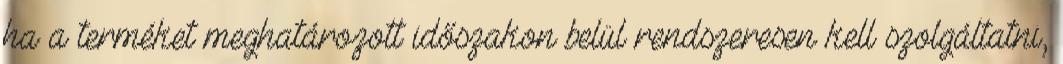
ha a terméket meghatározott időszakon belül rendszeresen kell szolgáltatni,